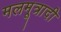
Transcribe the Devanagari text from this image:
मलमूत्रादी